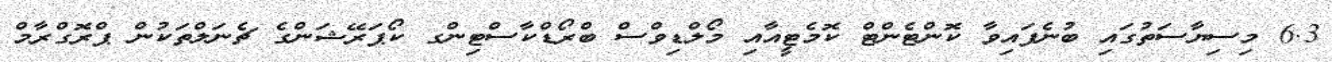
6.3 މިސިޔާސަތުގައި ބުނެފައިވާ ކޮންޓެންޓް ކޮމެޓީއާއި މޯލްޑިވްސް ބްރޯޑްކާސްޓިންގ ކޯޕަރޭޝަންގެ ޗެނަލްތަކުން ޕްރޮގްރާމް